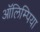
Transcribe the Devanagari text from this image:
ऑलिम्पिया